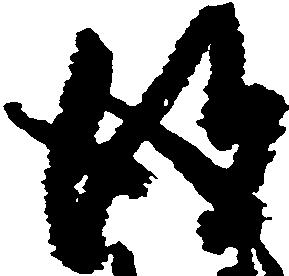
得